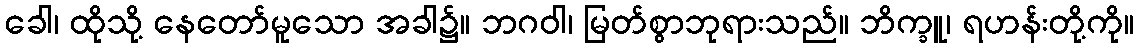
ခေါ၊ ထိုသို့ နေတော်မူသော အခါ၌။ ဘဂဝါ၊ မြတ်စွာဘုရားသည်။ ဘိက္ခူ၊ ရဟန်းတို့ကို။